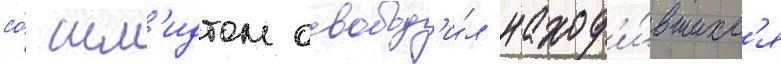
со́ шм'идтом освобод'и́л наход'и́вшихс'я